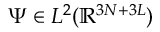
\Psi \in L ^ { 2 } ( \ensuremath { \mathbb { R } } ^ { 3 N + 3 L } )